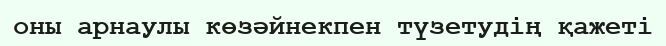
оны арнаулы көзәйнекпен түзетудің қажеті